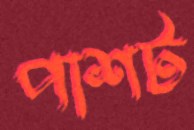
পাশট